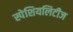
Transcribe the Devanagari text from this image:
स्पेशियलिटीज